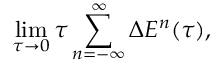
\operatorname * { l i m } _ { \tau \rightarrow 0 } \tau \sum _ { n = - \infty } ^ { \infty } \Delta E ^ { n } ( \tau ) ,